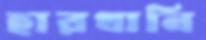
হারখানি